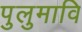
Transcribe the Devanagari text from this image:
पुलुमावि